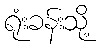
ရုံးခန်းသို့